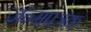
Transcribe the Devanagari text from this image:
जन्मपत्रक